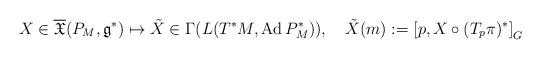
LaTeX: \begin{align*}X\in \overline{\mathfrak{X}}(P_M,\mathfrak{g}^*)\mapsto\tilde{X}\in \Gamma(L(T^*M,\operatorname{Ad}P_M^*)),\quad\tilde{X}(m):=\left[p,X\circ (T_p\pi)^*\right]_G\end{align*}